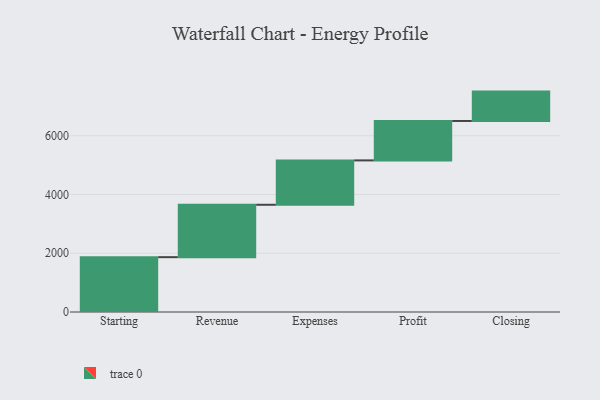
{"axis": {"x": "Step", "y": "Value"}, "legend": [""], "data": [{"x": "Starting", "y": 1867.0, "type": ""}, {"x": "Revenue", "y": 1784.0, "type": ""}, {"x": "Expenses", "y": 1511.0, "type": ""}, {"x": "Profit", "y": 1342.0, "type": ""}, {"x": "Closing", "y": 1000, "type": ""}]}